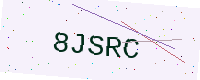
Text: 8JSRC